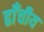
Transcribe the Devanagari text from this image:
ढाँचीय